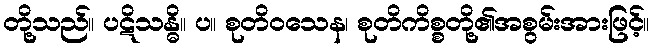
တို့သည်။ ပဋိသန္ဓိ။ ပ။ စုတိဝသေန၊ စုတိကိစ္စတို့၏အစွမ်းအားဖြင့်။